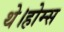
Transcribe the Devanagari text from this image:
थे।होम्स